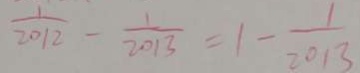
\frac { 1 } { 2 0 1 2 } - \frac { 1 } { 2 0 1 3 } = 1 - \frac { 1 } { 2 0 1 3 }